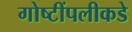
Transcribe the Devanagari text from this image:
गोष्टींपलीकडे